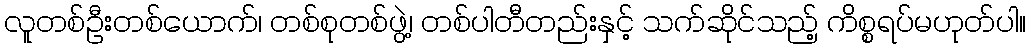
လူတစ်ဦးတစ်ယောက်၊ တစ်စုတစ်ဖွဲ့၊ တစ်ပါတီတည်းနှင့် သက်ဆိုင်သည့် ကိစ္စရပ်မဟုတ်ပါ။